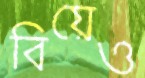
বিয়েও